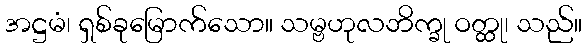
အဋ္ဌမံ၊ ရှစ်ခုမြောက်သော။ သမ္ဗဟုလဘိက္ခု ဝတ္ထု၊ သည်။